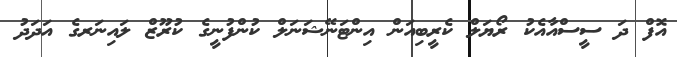
އޮފް ދަ ސީސްއާއެކު ރޯޔަލް ކެރީބިއަން އިންޓަނޭޝަނަލް ކުންފުނީގެ ކުރޫޒް ލައިނަރގެ އަދަދު